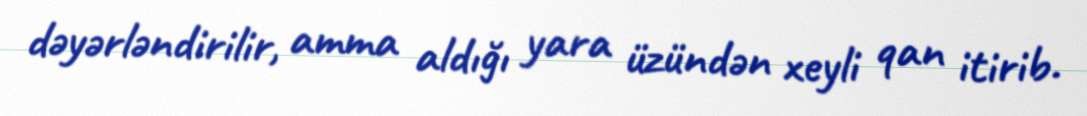
dəyərləndirilir, amma aldığı yara üzündən xeyli qan itirib.